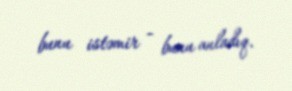
bunu istəmir - bunu anladıq.